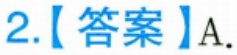
2.【答案】A.